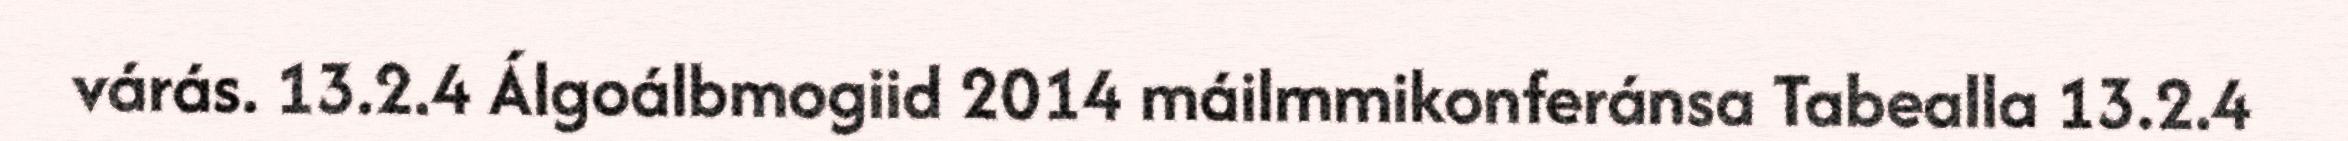
várás. 13.2.4 Álgoálbmogiid 2014 máilmmikonferánsa Tabealla 13.2.4